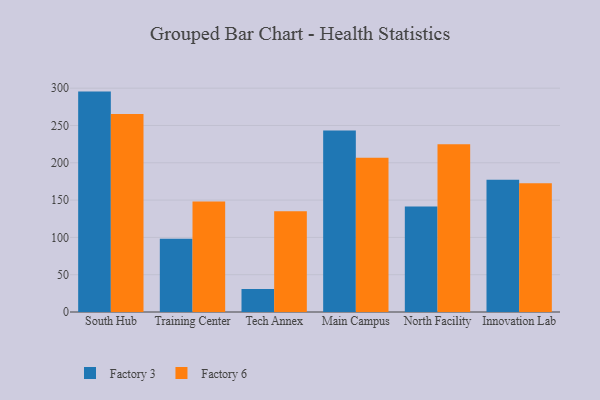
{"axis": {"x": "Campus", "y": "Gross Profit (USD K)"}, "legend": ["Factory 3", "Factory 6"], "data": [{"x": "South Hub", "y": 295.4, "type": "Factory 3"}, {"x": "South Hub", "y": 265.3, "type": "Factory 6"}, {"x": "Training Center", "y": 98.2, "type": "Factory 3"}, {"x": "Training Center", "y": 148.2, "type": "Factory 6"}, {"x": "Tech Annex", "y": 30.7, "type": "Factory 3"}, {"x": "Tech Annex", "y": 135.0, "type": "Factory 6"}, {"x": "Main Campus", "y": 243.2, "type": "Factory 3"}, {"x": "Main Campus", "y": 206.7, "type": "Factory 6"}, {"x": "North Facility", "y": 141.4, "type": "Factory 3"}, {"x": "North Facility", "y": 224.7, "type": "Factory 6"}, {"x": "Innovation Lab", "y": 177.1, "type": "Factory 3"}, {"x": "Innovation Lab", "y": 172.4, "type": "Factory 6"}]}